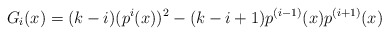
\begin{align*}G_{i}(x)=(k-i)(p^{i}(x))^2-(k-i+1)p^{(i-1)}(x)p^{(i+1)}(x)\end{align*}